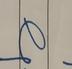
Signature authenticity: genuine